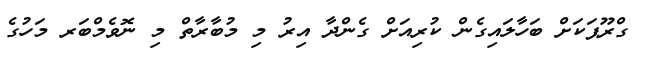
ގްރޫޕަކަށް ބަހާލައިގެން ކުރިއަށް ގެންދާ އިރު މި މުބާރާތް މި ނޮވެމްބަރ މަހުގެ